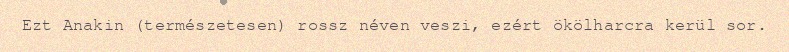
Ezt Anakin (természetesen) rossz néven veszi, ezért ökölharcra kerül sor.